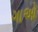
ગાઓ